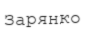
Зарянко